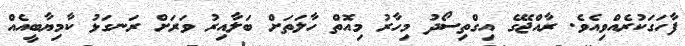
ފާހަގަކުރެއްވިއެވެ. ރާއްޖޭގެ އިގްތިސޯދު މިހާރު މިއޮތް ހާލަތަށް ބަލާއިރު ވަރަށް ރަނގަޅު ކާމިޔާބީއެއް